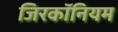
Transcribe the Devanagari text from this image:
जिरकॉनियम